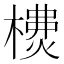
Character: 𣛫